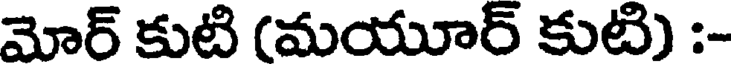
మోర్ కుటి (మయూర్ కుటి) :-